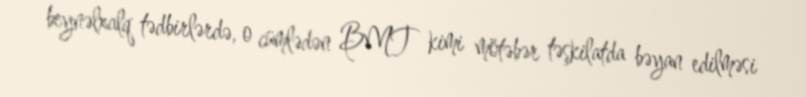
beynəlxalq tədbirlərdə, o cümlədən BMT kimi mötəbər təşkilatda bəyan edilməsi